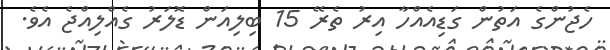
ހެޖުންގެ އަތުން ގަޑިއެއްހާ އިރު ތެރޭ 15 ބިލިއަން ޑޮލަރު ގެއްލިއްޖެ އެވެ.